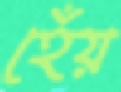
হেঁয়